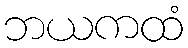
ဘယကထံ